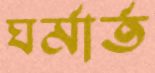
ঘর্মার্ত